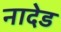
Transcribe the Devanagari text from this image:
नादेड